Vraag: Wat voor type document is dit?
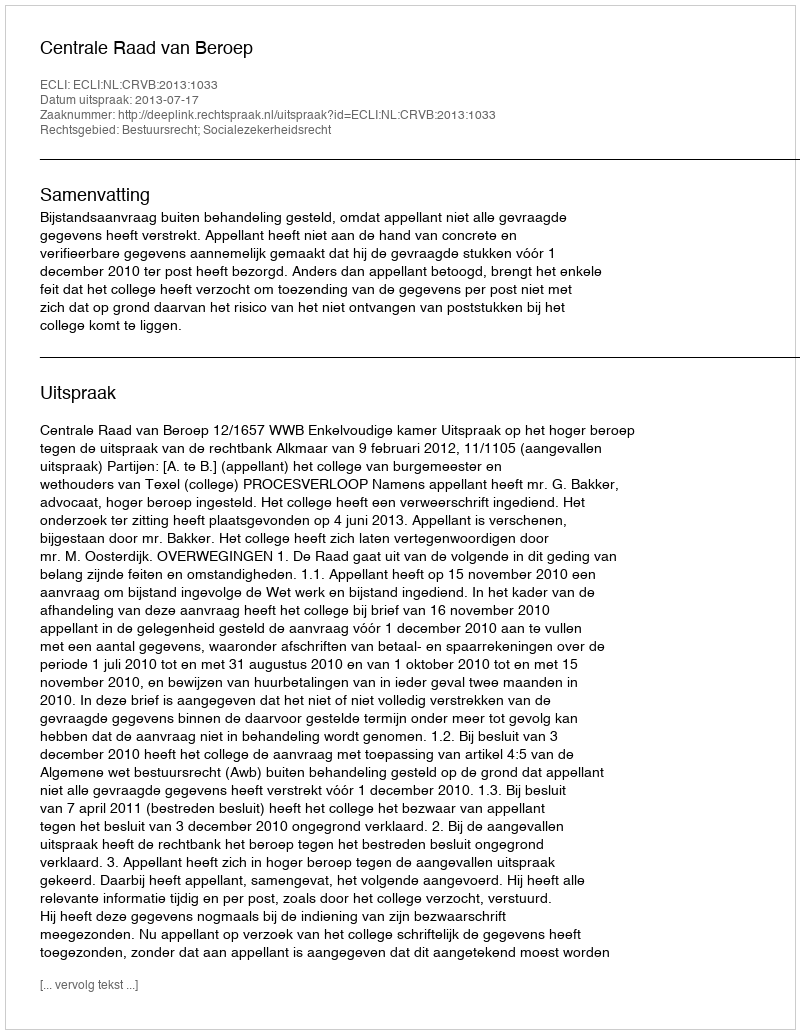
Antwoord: Uitspraak